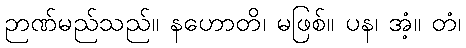
ဉာဏ်မည်သည်။ နဟောတိ၊ မဖြစ်။ ပန၊ အံ့။ တံ၊